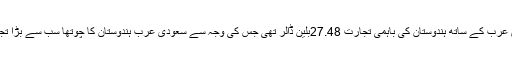
2017-18میں سعودی عرب کے ساتھ ہندوستان کی باہمی تجارت 27.48بلین ڈالر تھی جس کی وجہ سے سعودی عرب ہندوستان کا چوتھا سب سے بڑا تجارتی پارٹنر بن گیا ہے۔